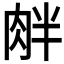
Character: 𦚓